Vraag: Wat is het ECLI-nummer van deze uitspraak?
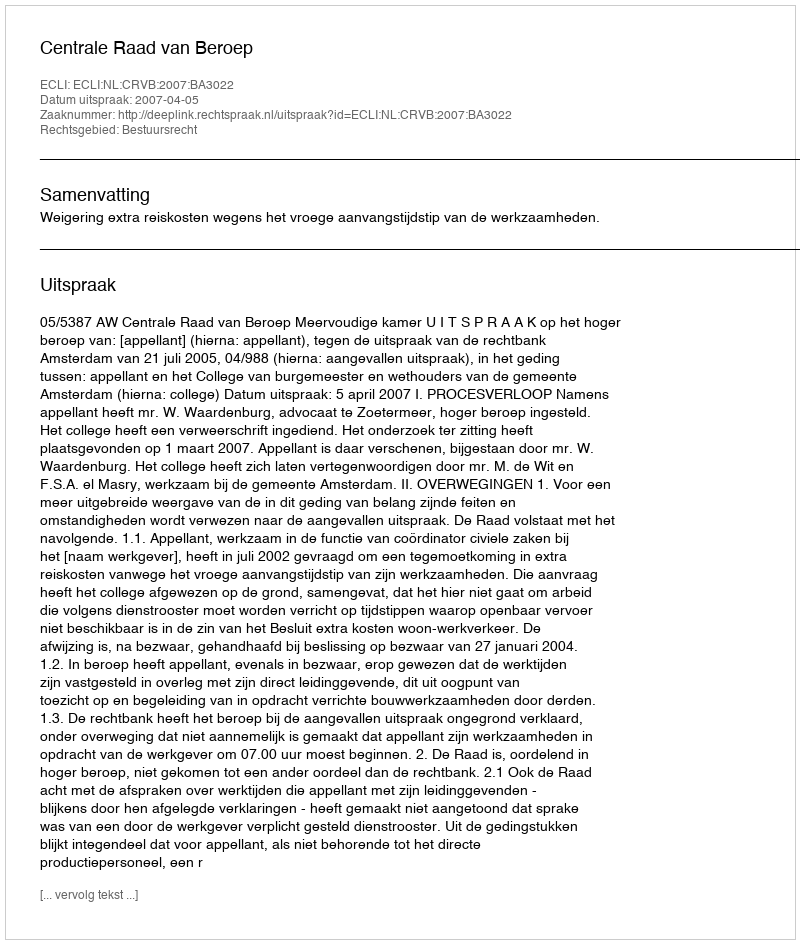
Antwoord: ECLI:NL:CRVB:2007:BA3022